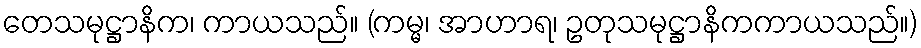
တေသမုဋ္ဌာနိက၊ ကာယသည်။ (ကမ္မ၊ အာဟာရ၊ ဥတုသမုဋ္ဌာနိကကာယသည်။)